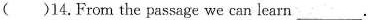
( )14.From the passage we can learn ___.